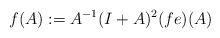
LaTeX: \begin{align*} f(A) := A^{-1} (I+A)^2 (fe) (A) \end{align*}